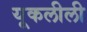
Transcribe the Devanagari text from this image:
यूकलीली